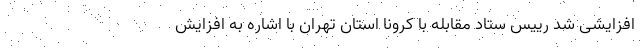
افزایشی شد رییس ستاد مقابله با کرونا استان تهران با اشاره به افزایش